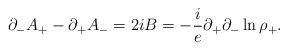
LaTeX: \begin{align*}{\partial}_- A_+ - {\partial}_+ A_- = 2iB = -{i \over e}{\partial}_+{\partial}_- \ln{{\rho}_+}.\end{align*}